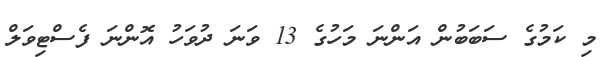
މި ކަމުގެ ސަބަބުން އަންނަ މަހުގެ 13 ވަނަ ދުވަހު އޮންނަ ފެސްޓިވަލް